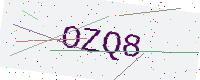
Text: OZQ8